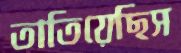
তাতিয়েছিস